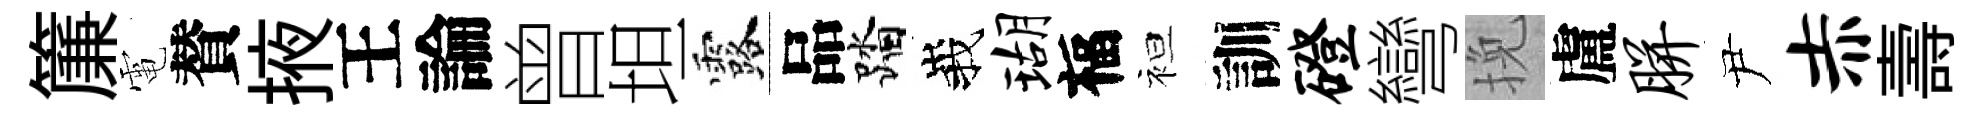
簾電賛掖王論曾坦露品踏峩瑚福袒訓磴彎挽盧胼尹赤壽